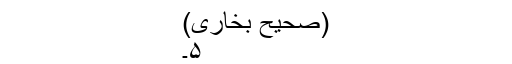
(صحیح بخاری)
۵۔